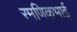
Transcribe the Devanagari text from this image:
रमणिकभाई